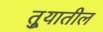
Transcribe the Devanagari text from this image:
तुर्‍यातील